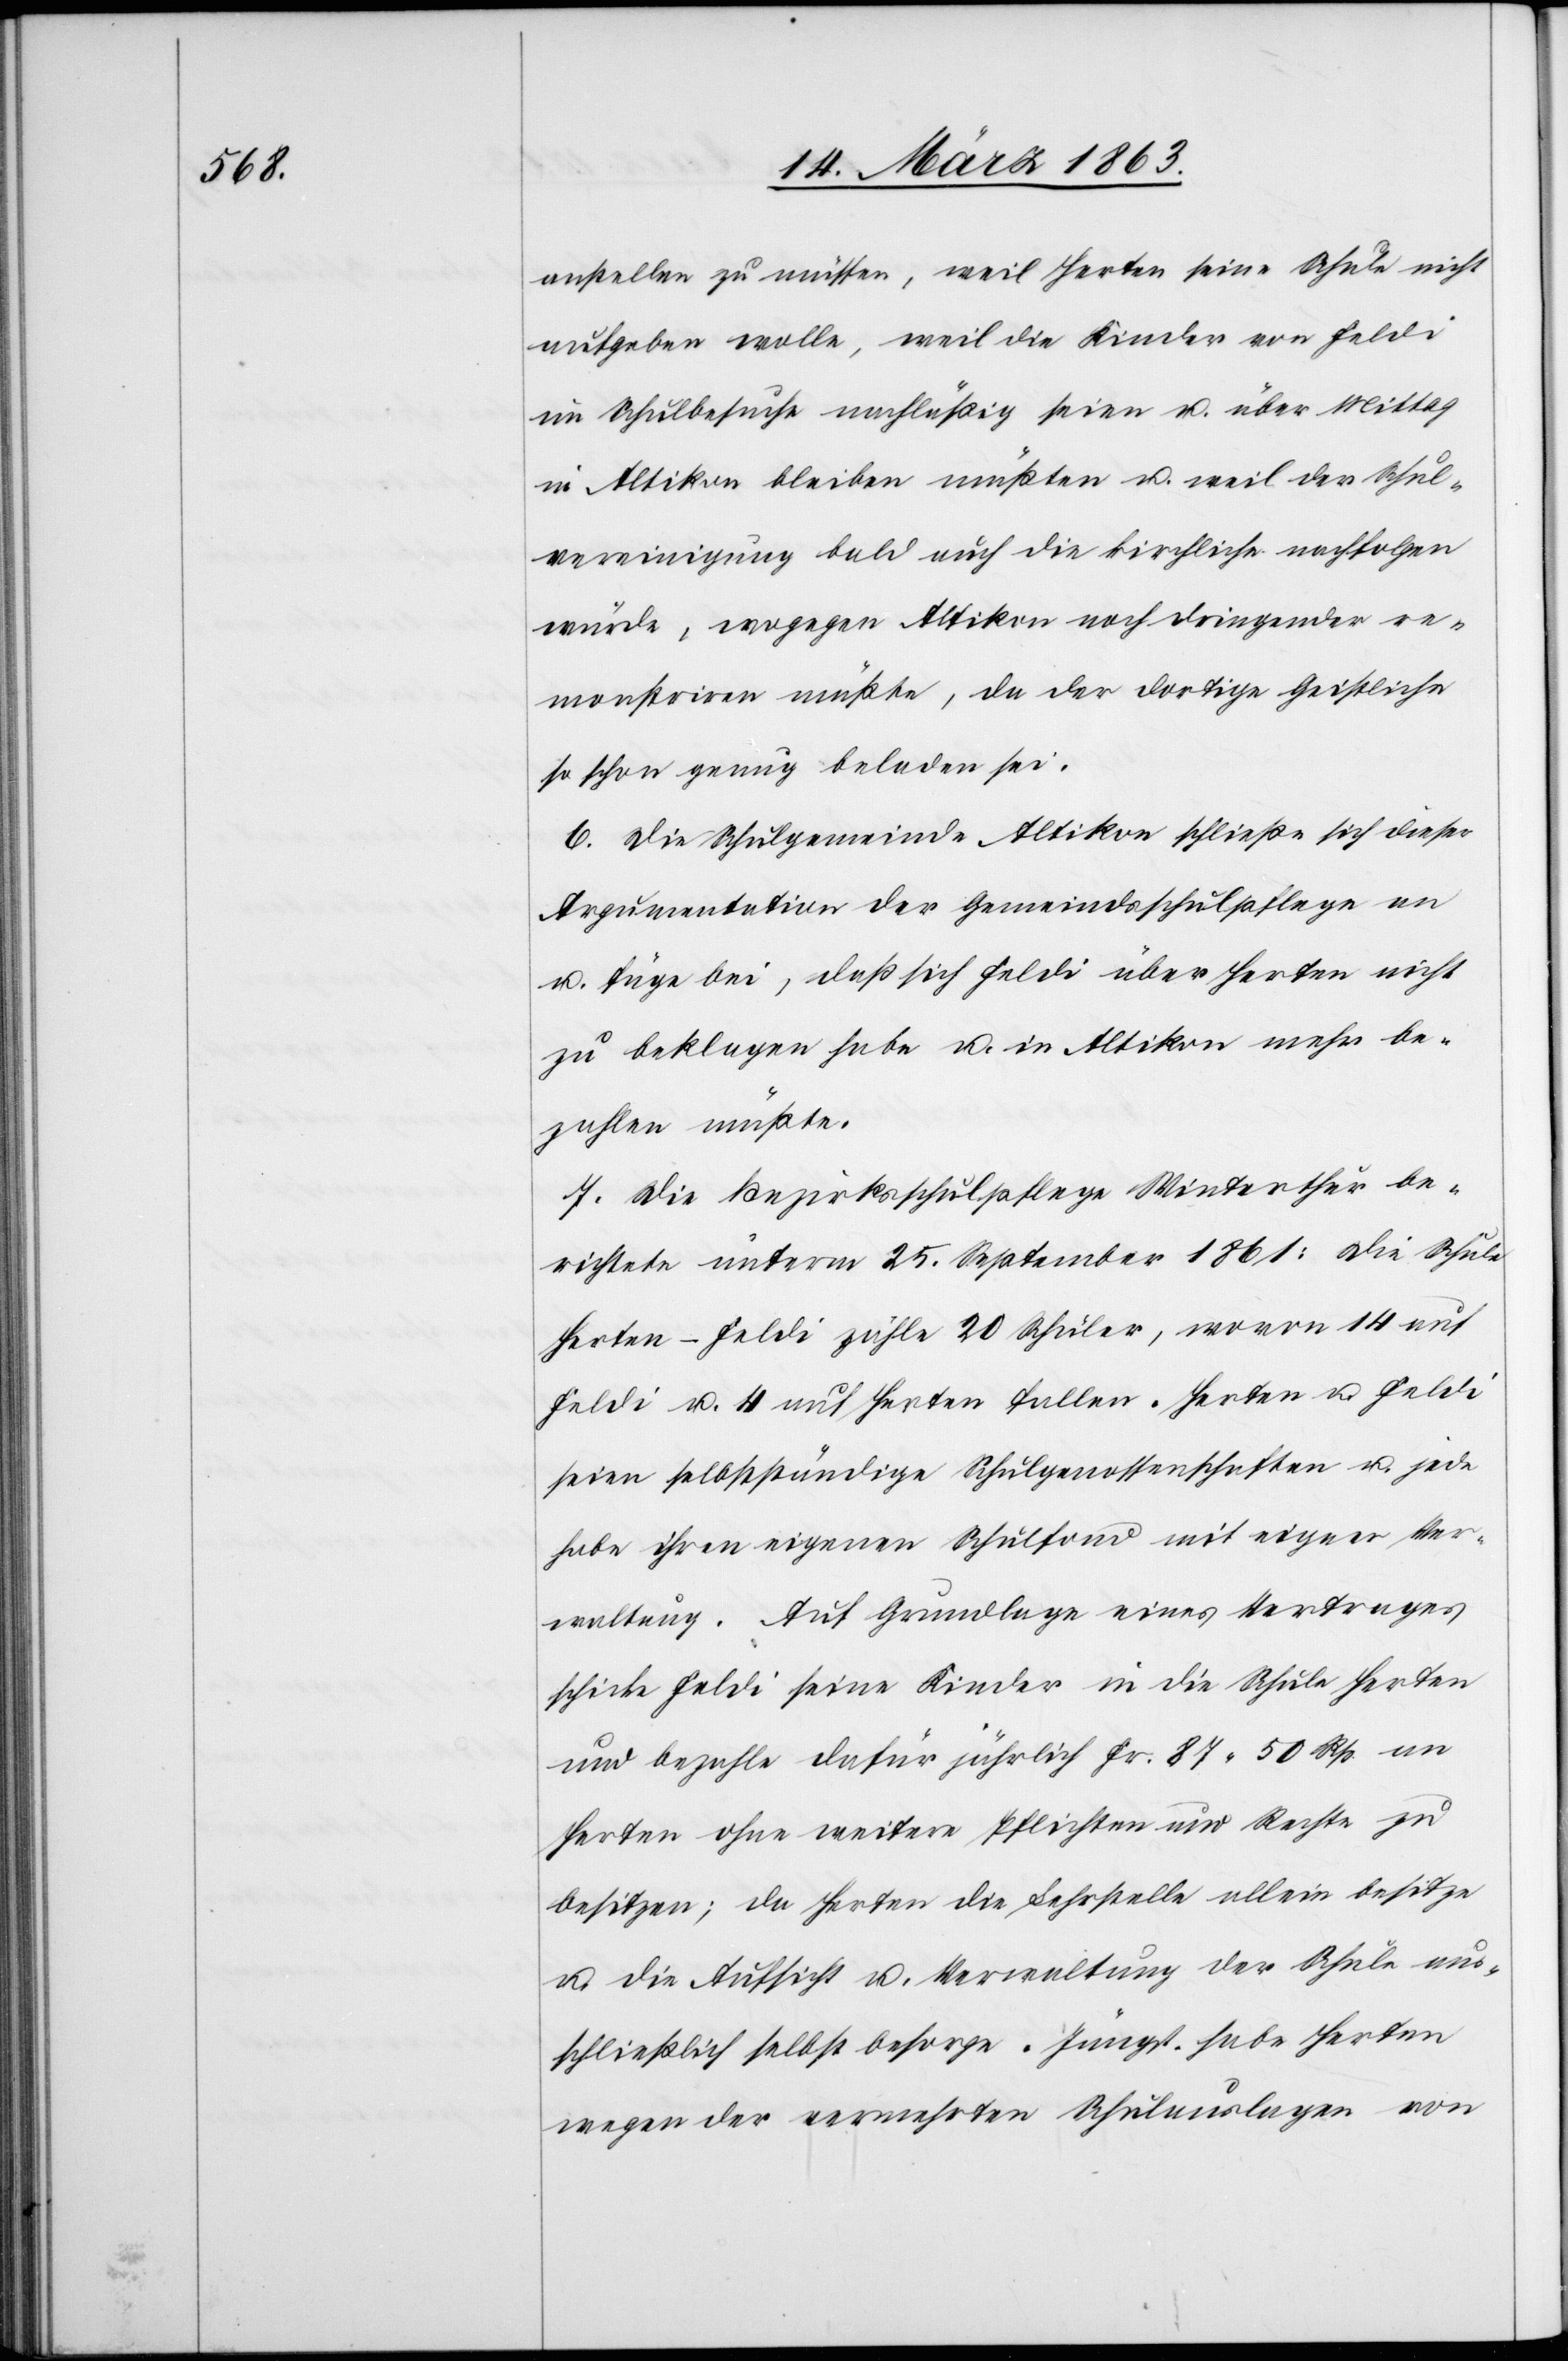
anstellen zu müssen, weil Herten seine Schule nicht
aufgeben wolle, weil die Kinder von Feldi
im Schulbesuche nachläßig seien u. über Mittag
in Altikon bleiben müßten u. weil der Schul¬
vereinigung bald auch die kirchliche nachfolgen
würde, wogegen Altikon noch dringender re¬
monstriren müßte, da der dortige Geistliche
so schon genug beladen sei.
6.) Die Schulgemeinde Altikon schließe sich dieser
Argumentation der Gemeindsschulpflege an
u. füge bei, daß sich Feldi über Herten nicht
zu beklagen habe u. in Altikon mehr be¬
zahlen müßte.
7.) Die Bezirksschulpflege Winterthur be¬
richtete unterm 25. September 1861: Die Schule
Herten-Feldi zähle 20 Schüler, wovon 14 auf
Feldi u. 4 auf Herten fallen. Herten u. Feldi
seien selbstständige Schulgenossenschaften u. jede
habe ihren eigenen Schulfond mit eigener Ver¬
waltung. Auf Grundlage eines Vertrages
schicke Feldi seine Kinder in die Schule Herten
und bezahle dafür jährlich Fr. 87. 50 Rp. an
Herten ohne weitere Pflichten und Rechte zu
besitzen; da Herten die Lehrstelle allein besitze
u. die Aufsicht u. Verwaltung der Schule aus¬
schließlich selbst besorge. Jüngst habe Herten
wegen der vermehrten Schulauslagen von